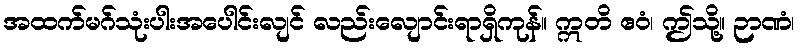
အထက်မဂ်သုံးပါးအပေါင်းလျင် လည်းလျောင်းရာရှိကုန်။ ဣတိ ဧဝံ၊ ဤသို့။ ဉာဏံ၊